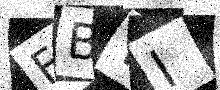
Text: FBYI